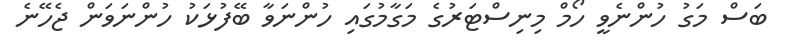
ބަސް މަގު ހުންނެވީ ހޯމް މިނިސްޓަރުގެ މަގާމުގައި ހުންނަވާ ބޭފުޅަކު ހުންނަވަން ޖެހޭނެ